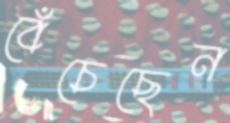
বেঁচেছেন